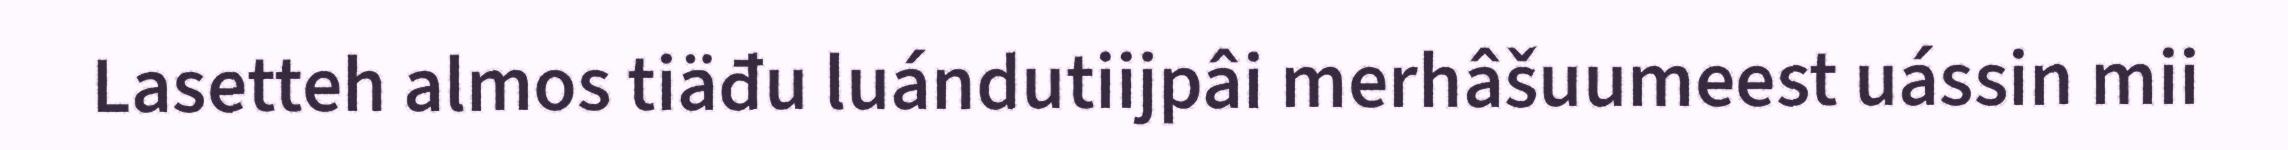
Lasetteh almos tiäđu luándutiijpâi merhâšuumeest uássin mii